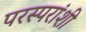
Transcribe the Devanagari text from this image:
परस्‍परांशी